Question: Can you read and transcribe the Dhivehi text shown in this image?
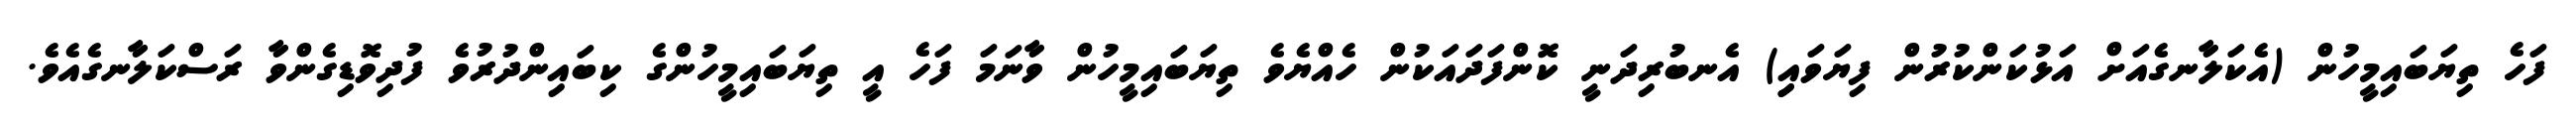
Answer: ފަހެ ތިޔަބައިމީހުން (އެކަލާނގެއަށް އަޅުކަންކުރުން ފިޔަވައިި) އެނބުރިދަނީ ކޮންފަދައަކުން ހެއްޔެވެ ތިޔަބައިމީހުން ވާނަމަ ފަހެ އީ ތިޔަބައިމީހުންގެ ކިބައިންދުރުވެ ފުދިވޮޑިގެންވާ ރަސްކަލާނގެއެވެ.